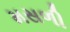
મસળી